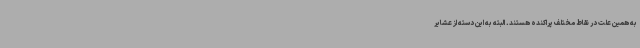
به همین علت در نقاط مختلف پراکنده هستند. البته به این دسته از عشایر